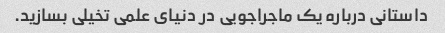
داستانی درباره یک ماجراجویی در دنیای علمی تخیلی بسازید.